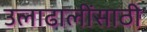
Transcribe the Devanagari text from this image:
उलाढालींसाठी